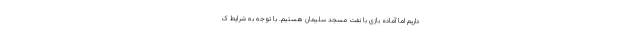
داریم اما آماده بازی با نفت مسجد سلیمان هستیم. با توجه به شرایط ک